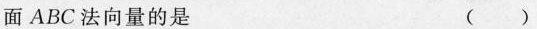
面ABC法向量的是 ()